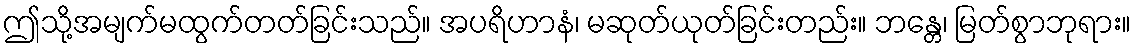
ဤသို့အမျက်မထွက်တတ်ခြင်းသည်။ အပရိဟာနံ၊ မဆုတ်ယုတ်ခြင်းတည်း။ ဘန္တေ၊ မြတ်စွာဘုရား။